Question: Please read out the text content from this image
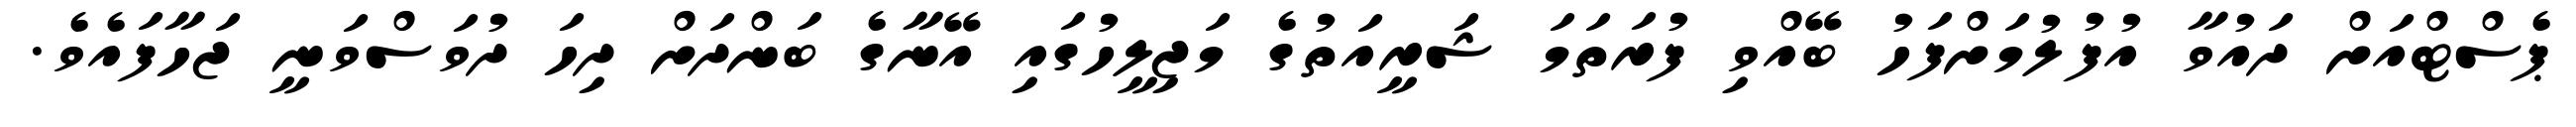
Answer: ޕެސްޓްއަށް ދައުވާ އުފުލުމަށްފަހު ބޭއްވި ފުރަތަމަ ޝަރީއަތުގެ މަޖިލީހުގައި އޭނާގެ ބަންދަށް ދިހަ ދުވަސްވަނީ ޖަހާފައެވެ.